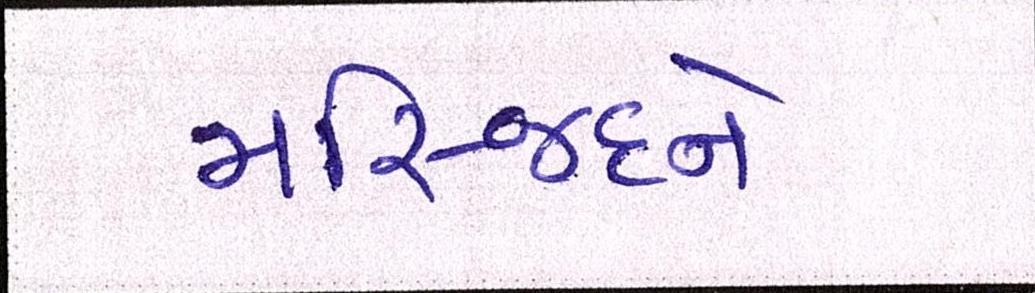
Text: મસ્જિદને